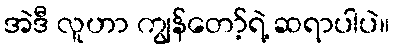
အဲဒီ လူဟာ ကျွန်တော့်ရဲ့ ဆရာပါပဲ။